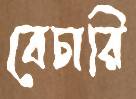
বেচারি